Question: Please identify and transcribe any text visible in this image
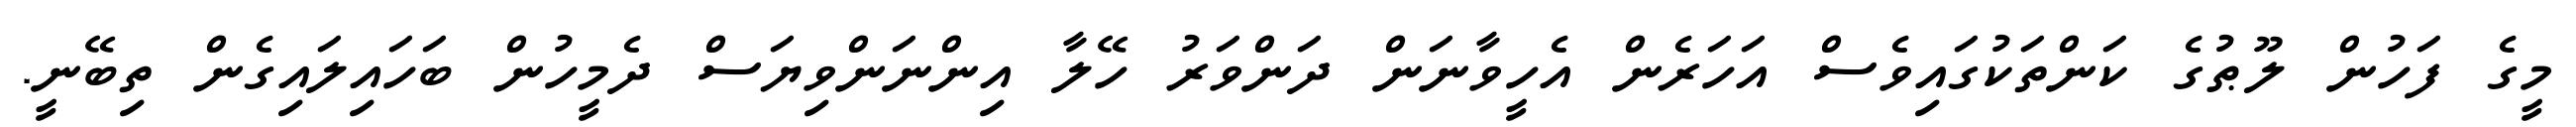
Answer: މީގެ ފަހުން ލޫޠުގެ ކަންތަކުގައިވެސް އަހަރެން އެހީވާނަން ދަންވަރު ހޭލާ އިންނަންވިޔަސް ދެމީހުން ބަހައިލައިގެން ތިބޭނީ.